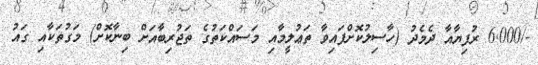
-/6